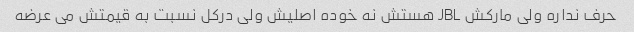
حرف نداره ولی مارکش JBL هستش نه خوده اصلیش ولی درکل نسبت به قیمتش می عرضه